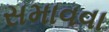
સમાવવા